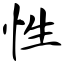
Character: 性